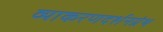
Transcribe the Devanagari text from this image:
व्याकरणदर्शनग्रंथ